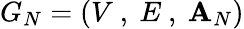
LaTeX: G_{N}=\left(V\mathrm{~,~}E\mathrm{~,~}\mathbf{A}_{N}\right)